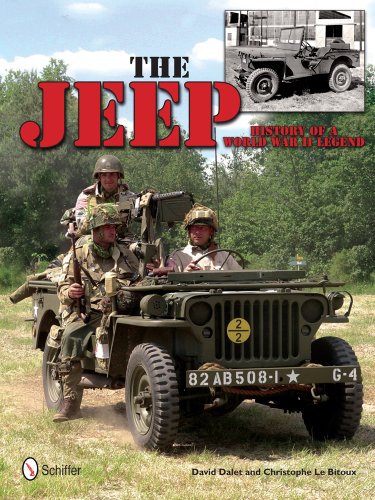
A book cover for The Jeep: History of a World War II Legend; David Dalet; Arts & Photography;